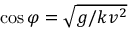
\cos \varphi = \sqrt { g / k v ^ { 2 } }